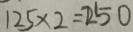
1 2 5 \times 2 = 2 5 0